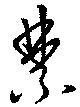
禁